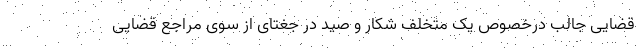
قضایی جالب درخصوص یک متخلف شکار و صید در جغتای از سوی مراجع قضایی